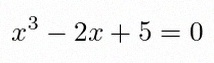
x^3-2x+5=0